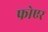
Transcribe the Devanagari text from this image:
फोएर